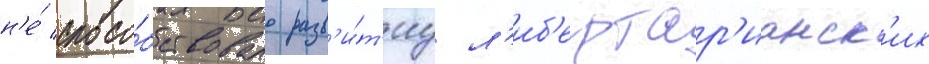
н'е́ спосо́бствовало разв'и́т'иу л'иб'ертар'ианск'их